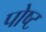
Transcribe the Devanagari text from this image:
पोष्ट